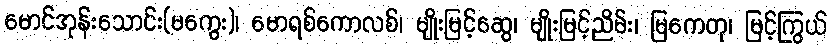
မောင်အုန်းသောင်း(မကွေး)၊ မောရစ်ကောလစ်၊ မျိုးမြင့်ဆွေ၊ မျိုးမြင့်ညိမ်း၊ မြကေတု၊ မြင့်ကြွယ်